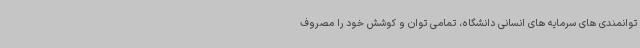
توانمندی های سرمایه های انسانی دانشگاه، تمامی توان و کوشش خود را مصروف